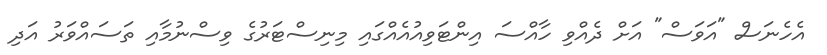
އެހެނަސް "އަވަސް" އަށް ދެއްވި ހާއްސަ އިންޓަވިއުއެއްގައި މިނިސްޓަރުގެ ވިސްނުމާއި ތަސައްވަރު އަދި